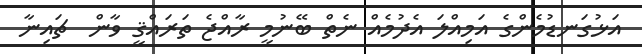
އަޅުގަނޑުމެންގެ އަމިއްލަ އެދުމެއް ނެތް ބޭނުމީ ރާއްޖެ ތަރައްޤީ ވާން  ޗައިނާ